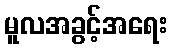
မူလအခွင့်အရေး